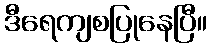
ဒီရေကျစပြုနေပြီ။